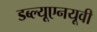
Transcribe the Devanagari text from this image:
डब्ल्यूएनयूवी